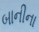
બાનીના